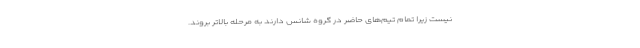
نیست زیرا تمام تیم‌های حاضر در گروه شانس دارند به مرحله بالاتر بروند.